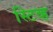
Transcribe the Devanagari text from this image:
स्टिव्ह